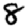
Digit: 8